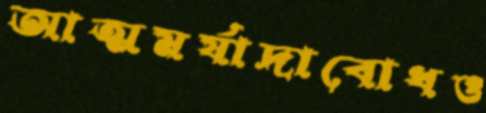
আত্মমর্যাদাবোধও